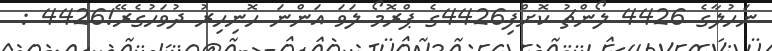
ނަހުލާގެ 4426 ލޯންޗު ކޮށްފި4426ގެ ޕްރޮމޯ ލަވަ އަންނަ ހޮނިހިރު ދުވަހުގެރޭ!4426 :